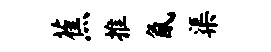
蕉推氤渠